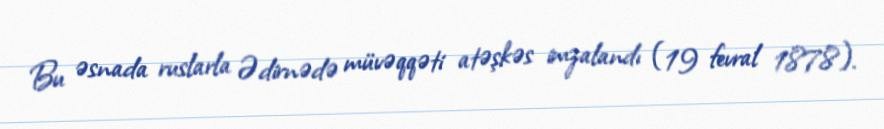
Bu əsnada ruslarla Ədirnədə müvəqqəti atəşkəs imzalandı (19 fevral 1878).